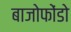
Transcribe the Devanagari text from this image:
बाजोफोंडो